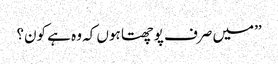
’’میں صرف پوچھتا ہوں کہ وہ ہے کون؟